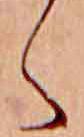
く